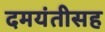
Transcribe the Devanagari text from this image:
दमयंतीसह